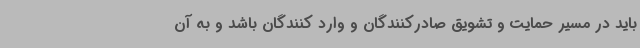
باید در مسیر حمایت و تشویق صادرکنندگان و وارد کنندگان باشد و به آن